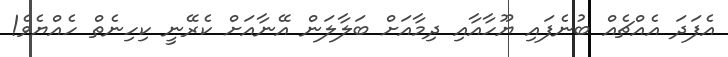
އެފަދަ އެއްޗެއް ބުނެފައި ޔޫހާއާއި ދިމާއަށް ބަލާލަން އޭނާއަށް ކެރޭނީ ކިހިނެތް ހެއްޔެވެ!